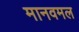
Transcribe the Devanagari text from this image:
मानवमल